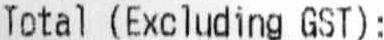
TOTAL (EXCLUDING GST):